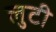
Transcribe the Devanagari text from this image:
लुटी